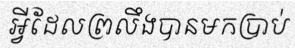
អ្វីដែលព្រលឹងបានមកប្រាប់